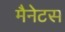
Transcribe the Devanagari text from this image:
मैनेटस